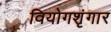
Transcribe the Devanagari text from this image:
वियोगशृंगार